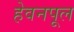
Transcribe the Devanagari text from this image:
हेवनपूल